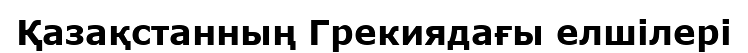
Қазақстанның Грекиядағы елшілері